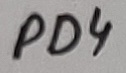
Text: PD4